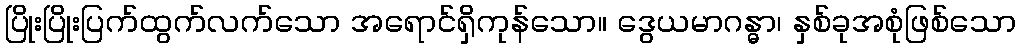
ပြိုးပြိုးပြက်ထွက်လက်သော အရောင်ရှိကုန်သော။ ဒွေယမာဂန္ဓာ၊ နှစ်ခုအစုံဖြစ်သော